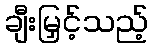
ချီးမြှင့်သည့်